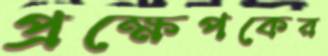
প্রক্ষেপকের